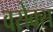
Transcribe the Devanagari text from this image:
वसेक्स